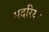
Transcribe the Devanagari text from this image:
मदरिया